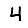
Digit: 4